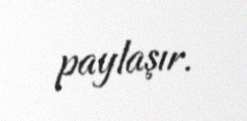
paylaşır.